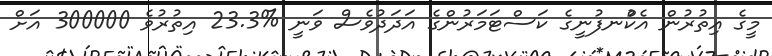
މީގެ އިތުރުން އެކުްނފުނީގެ ކަސްޓަމަރުންގެ އަދަދުވެސް ވަނީ %23.3 އިތުރުވެ 300000 އަށް